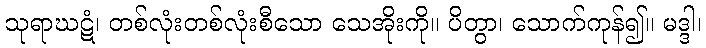
သုရာဃဋံ၊ တစ်လုံးတစ်လုံးစီသော သေအိုးကို။ ပိတွာ၊ သောက်ကုန်၍။ မဒ္ဒါ၊